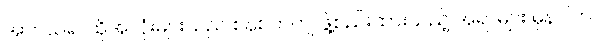
အကယ်၍ ထိုအလုံးများသည် စနစ်တကျ ဖွဲ့စည်းထားသည့် အရာများ မှန်ပါက